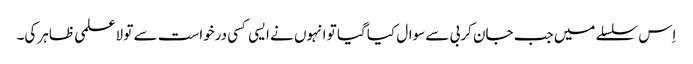
اِس سلسلے میں جب جان کربی سے سوال کیا گیا تو انہوں نے ایسی کسی درخواست سے تو لاعلمی ظاہر کی۔